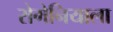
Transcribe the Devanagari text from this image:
रोमेनियाला